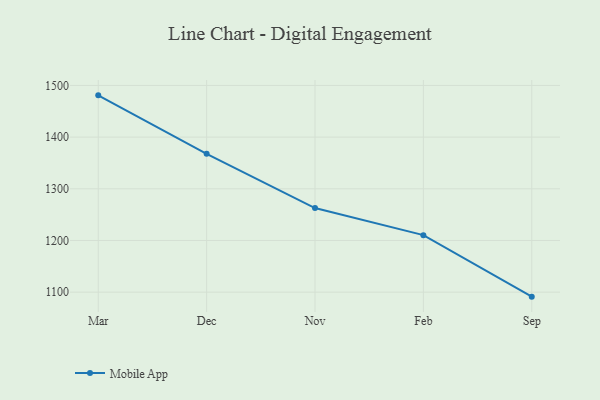
{"axis": {"x": "Month", "y": "Churn Rate (%)"}, "legend": ["Mobile App"], "data": [{"x": "Mar", "y": 1480.8, "type": "Mobile App"}, {"x": "Dec", "y": 1367.7, "type": "Mobile App"}, {"x": "Nov", "y": 1262.7, "type": "Mobile App"}, {"x": "Feb", "y": 1210.3, "type": "Mobile App"}, {"x": "Sep", "y": 1091.3, "type": "Mobile App"}]}